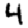
Digit: 4